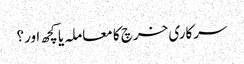
سرکاری خرچ کا معاملہ یا کچھ اور؟